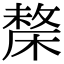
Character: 𣘬